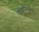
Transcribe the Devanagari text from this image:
लोकनियुक्तीने